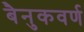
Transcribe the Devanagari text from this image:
बैनुकवर्ण